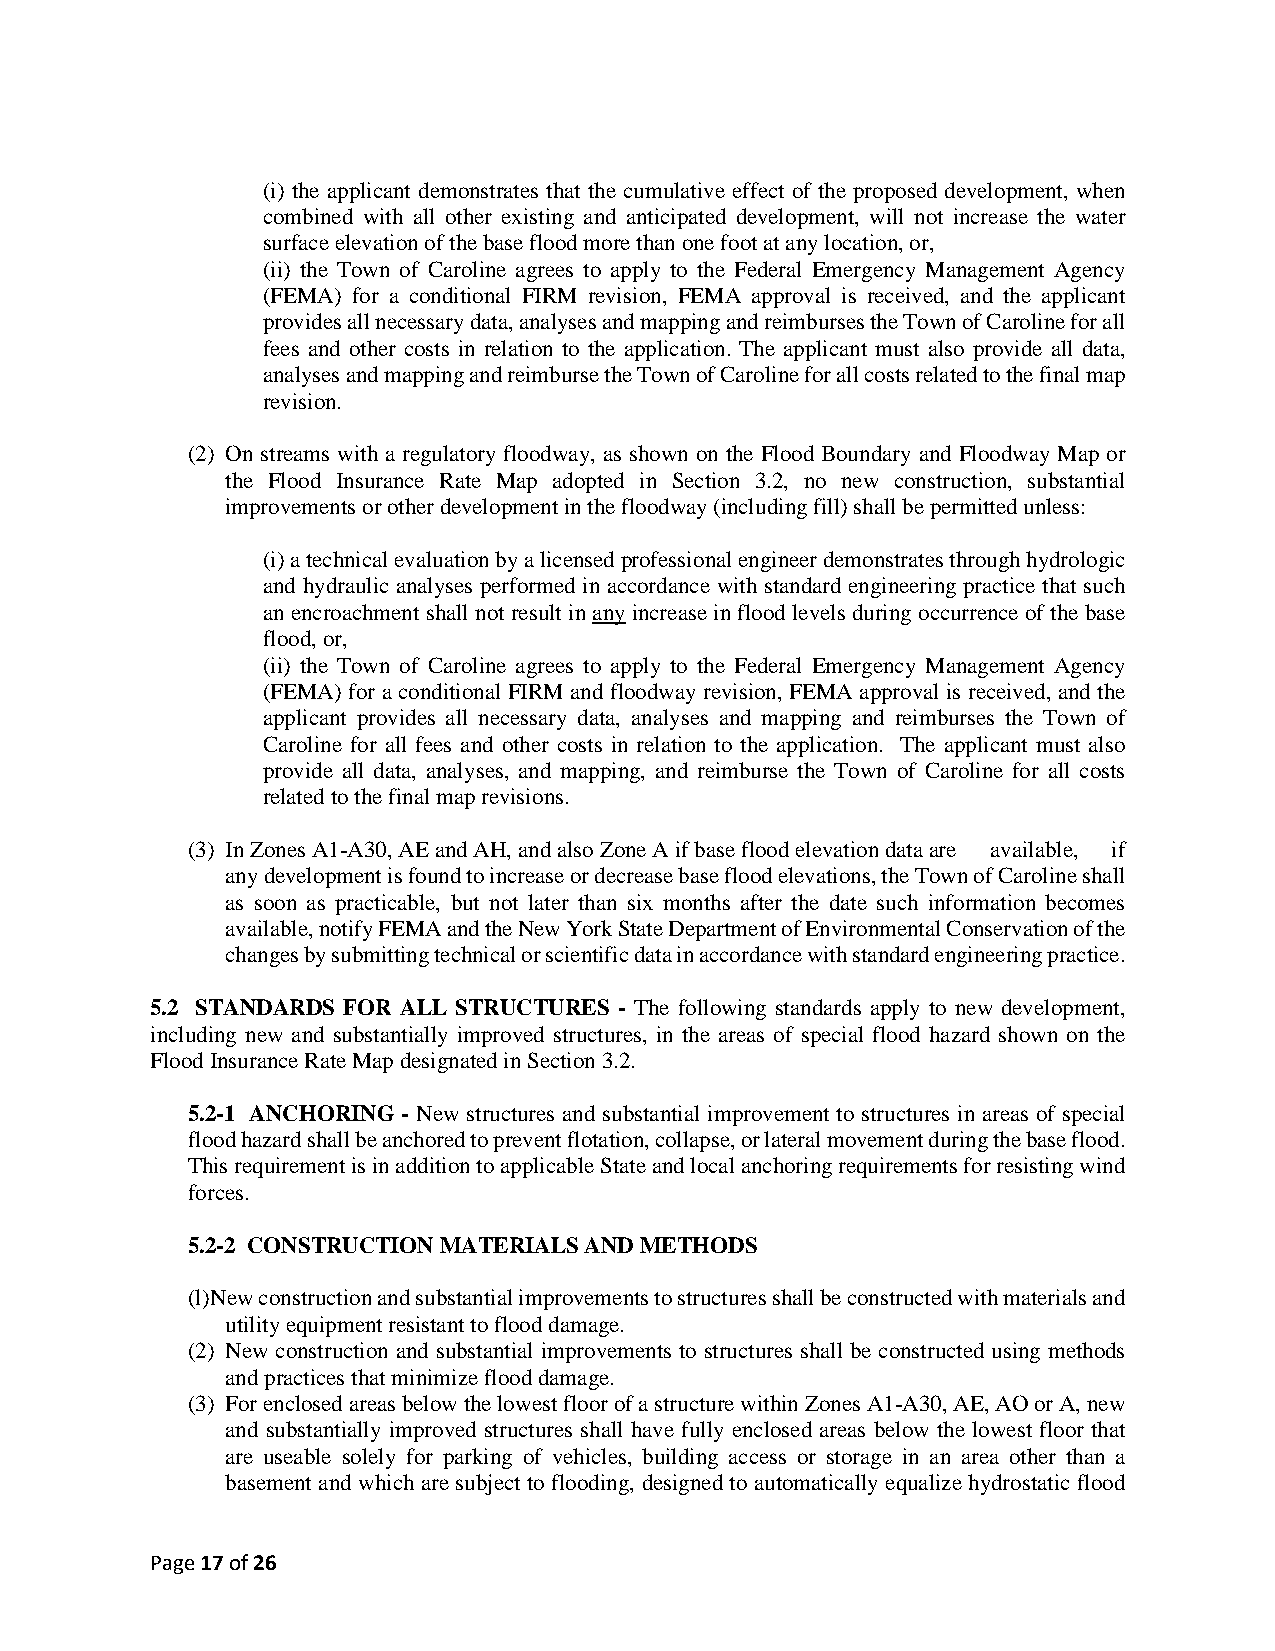
(i) the applicant demonstrates that the cumulative effect of the proposed development, when
 combined with all other existing and anticipated development, will not increase the water
 surface elevation of the base flood more than one foot at any location, or,
 (ii) the Town of Caroline agrees to apply to the Federal Emergency Management Agency
 (FEMA) for a conditional FIRM revision, FEMA approval is received, and the applicant
 provides all necessary data, analyses and mapping and reimburses the Town of Caroline for all
 fees and other costs in relation to the application. The applicant must also provide all data,
 analyses and mapping and reimburse the Town of Caroline for all costs related to the final map
 revision.
 (2) On streams with a regulatory floodway, as shown on the Flood Boundary and Floodway Map or
 the Flood Insurance Rate Map adopted in Section 3.2, no new construction, substantial
 improvements or other development in the floodway (including fill) shall be permitted unless:
 (i) a technical evaluation by a licensed professional engineer demonstrates through hydrologic
 and hydraulic analyses performed in accordance with standard engineering practice that such
 an encroachment shall not result in any increase in flood levels during occurrence of the base
 flood, or,
 (ii) the Town of Caroline agrees to apply to the Federal Emergency Management Agency
 (FEMA) for a conditional FIRM and floodway revision, FEMA approval is received, and the
 applicant provides all necessary data, analyses and mapping and reimburses the Town of
 Caroline for all fees and other costs in relation to the application. The applicant must also
 provide all data, analyses, and mapping, and reimburse the Town of Caroline for all costs
 related to the final map revisions.
 (3) In Zones A1-A30, AE and AH, and also Zone A if base flood elevation data are available, if
 any development is found to increase or decrease base flood elevations, the Town of Caroline shall
 as soon as practicable, but not later than six months after the date such information becomes
 available, notify FEMA and the New York State Department of Environmental Conservation of the
 changes by submitting technical or scientific data in accordance with standard engineering practice.
 5.2 STANDARDS FOR ALL STRUCTURES - The following standards apply to new development,
 including new and substantially improved structures, in the areas of special flood hazard shown on the
 Flood Insurance Rate Map designated in Section 3.2.
 5.2-1 ANCHORING - New structures and substantial improvement to structures in areas of special
 flood hazard shall be anchored to prevent flotation, collapse, or lateral movement during the base flood.
 This requirement is in addition to applicable State and local anchoring requirements for resisting wind
 forces.
 5.2-2 CONSTRUCTION MATERIALS AND METHODS
 (l) New construction and substantial improvements to structures shall be constructed with materials and
 utility equipment resistant to flood damage.
 (2) New construction and substantial improvements to structures shall be constructed using methods
 and practices that minimize flood damage.
 (3) For enclosed areas below the lowest floor of a structure within Zones A1-A30, AE, AO or A, new
 and substantially improved structures shall have fully enclosed areas below the lowest floor that
 are useable solely for parking of vehicles, building access or storage in an area other than a
 basement and which are subject to flooding, designed to automatically equalize hydrostatic flood
 Page 17 of 26